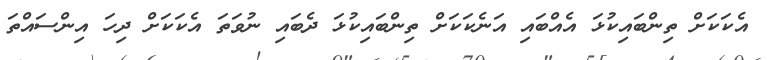
އެކަކަށް ތިންބައިކުޅަ އެއްބައި އަނެކަކަށް ތިންބައިކުޅަ ދެބައި ނުވަތަ އެކަކަށް ދިހަ އިންސައްތަ